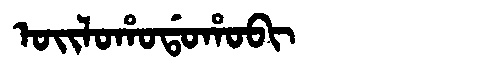
Manchu: ᠣᡳᠯᠣᡥᠣᡩᠣᡥᠣᠪᡳ
Romanization: OILOHODOHOBI